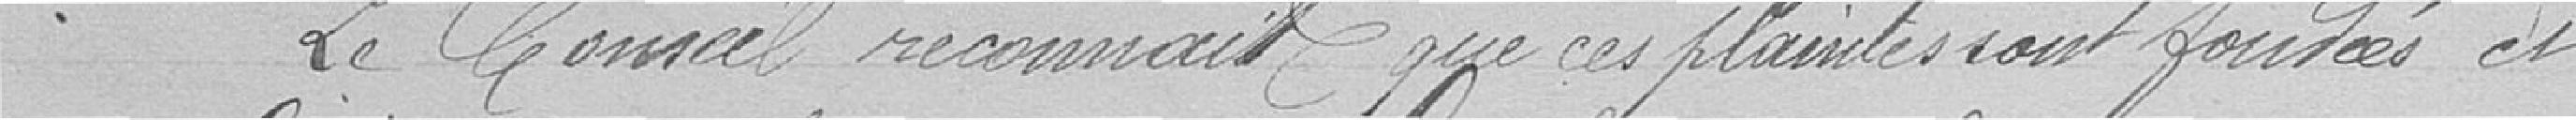
Le conseil reconnait que ces plaintes sont fondées et